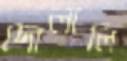
দোলালি